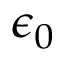
\epsilon _ { 0 }